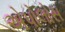
એપોલોસ